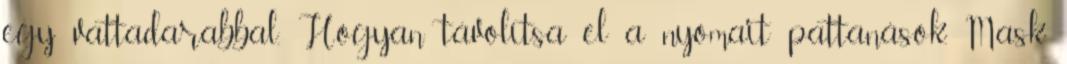
egy vattadarabbal. Hogyan távolítsa el a nyomait pattanások. Mask